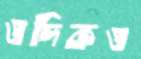
ওদিকও